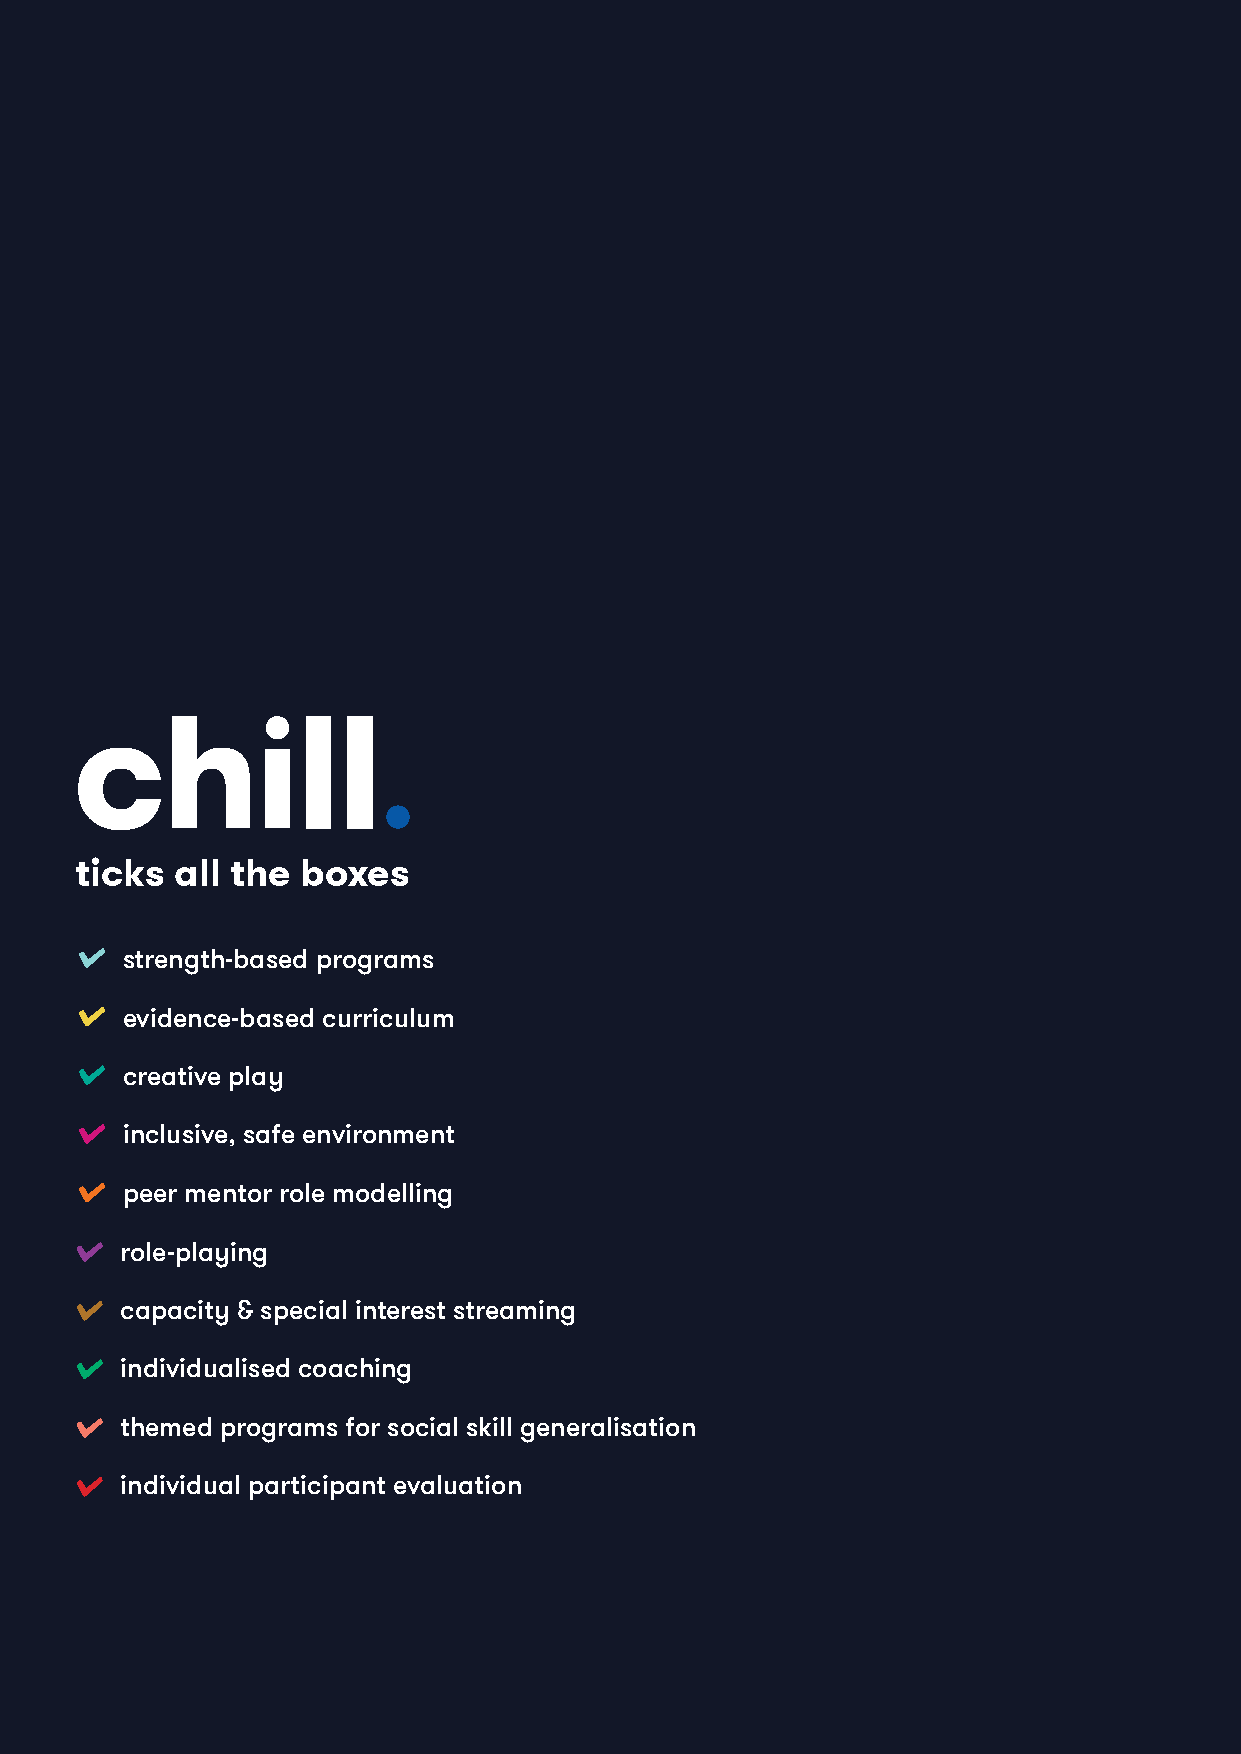
ticks  all the boxes
 strength-based programs
 evidence-based curriculum
 creative play
 inclusive, safe environment
 peer mentor role modelling
 role-playing
 capacity & special interest streaming
 individualised coaching
 themed programs for social skill generalisation
 individual participant evaluation